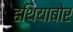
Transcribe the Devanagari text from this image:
हथियाबोर